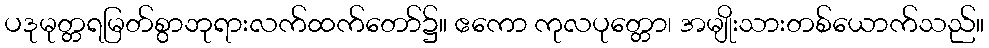
ပဒုမုတ္တရမြတ်စွာဘုရားလက်ထက်တော်၌။ ဧကော ကုလပုတ္တော၊ အမျိုးသားတစ်ယောက်သည်။